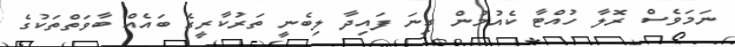
ނަމަވެސް ރޮލާ ހުއްޓާ ކެއުމުން ގިނަ ފައިދާ ލިބެނީ ތަރުކާރީގެ ބައެއް ބާވަތްތަކުގެ